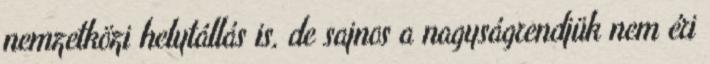
nemzetközi helytállás is, de sajnos a nagyságrendjük nem éri